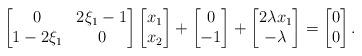
LaTeX: \begin{align*}\begin{bmatrix}0 & 2\xi_1- 1 \\ 1-2\xi_1 & 0\end{bmatrix}\begin{bmatrix}x_1 \\ x_2\end{bmatrix}+\begin{bmatrix}0\\ -1\end{bmatrix}+\begin{bmatrix}2\lambda x_1\\ -\lambda\end{bmatrix}=\begin{bmatrix}0\\ 0\end{bmatrix}.\end{align*}